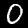
Label: 0